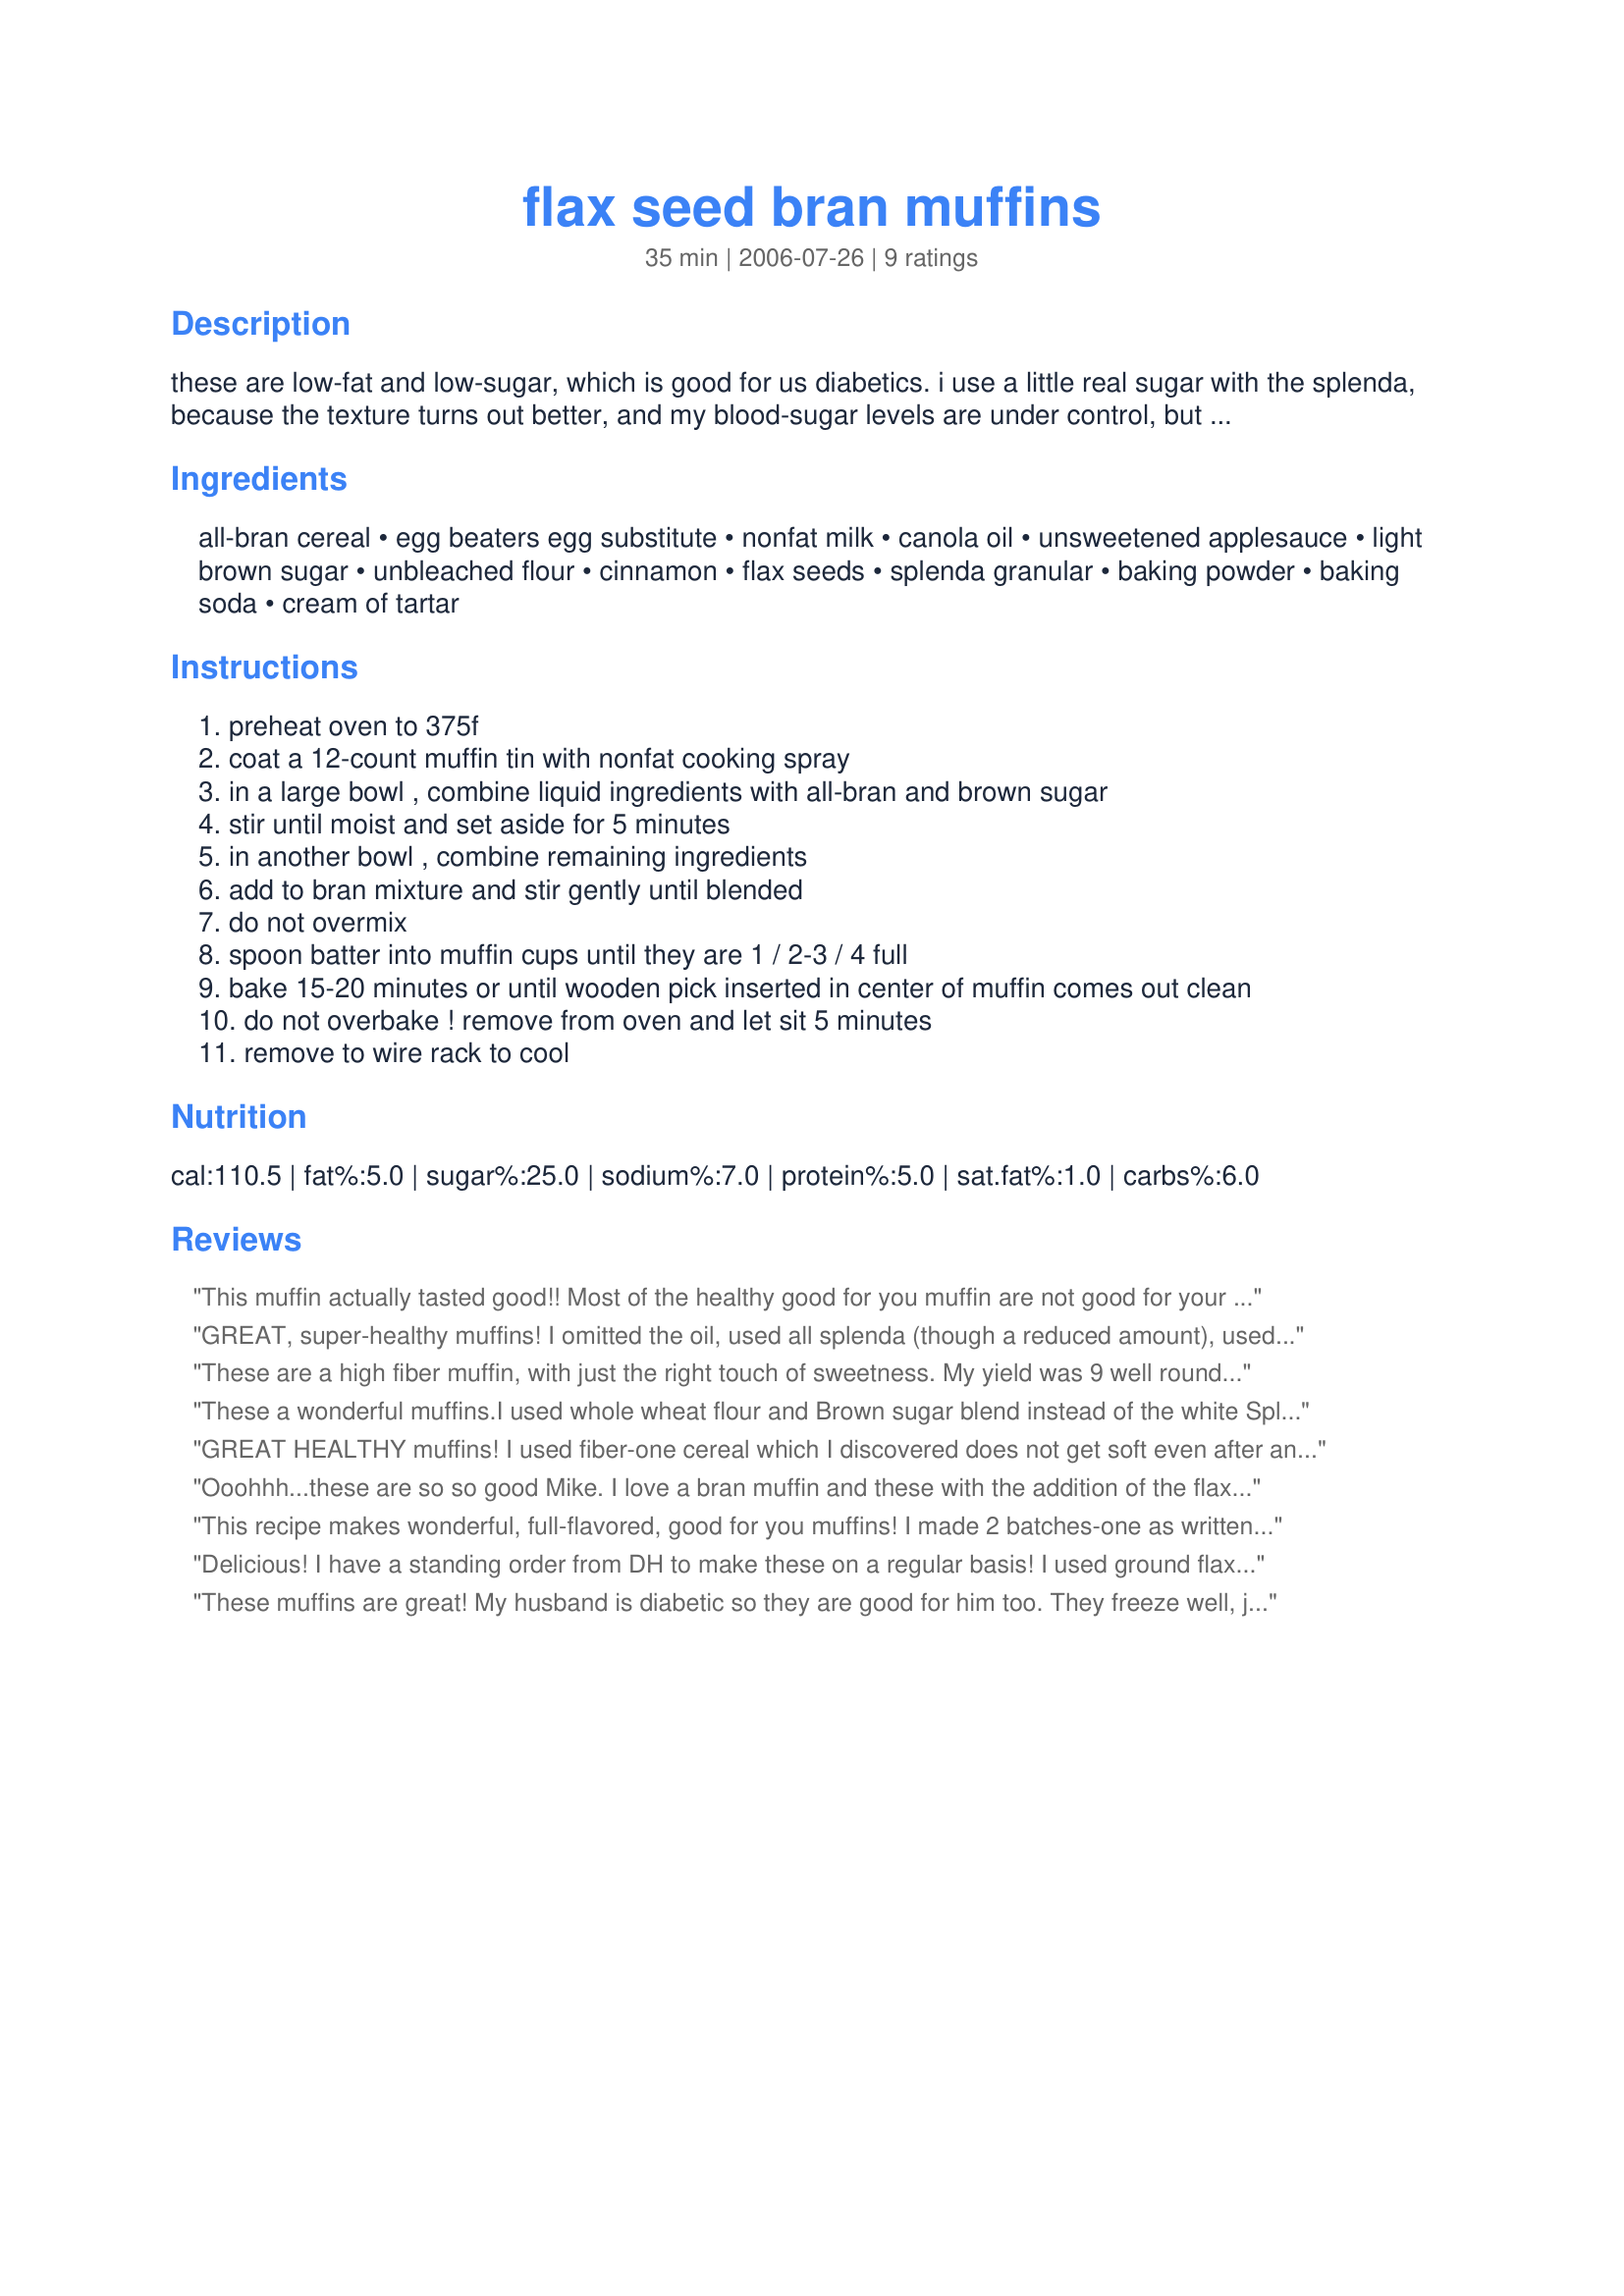
flax seed bran muffins
Preparation time: 35 minutes

these are low-fat and low-sugar, which is good for us diabetics. i use a little real sugar with the splenda, because the texture turns out better, and my blood-sugar levels are under control, but some diabetics may want to use a cup of splenda and no brown sugar. (or use splenda brown sugar blend-i have never used it so don't know the proportions)

Ingredients:
all-bran cereal, egg beaters egg substitute, nonfat milk, canola oil, unsweetened applesauce, light brown sugar, unbleached flour, cinnamon, flax seeds, splenda granular, baking powder, baking soda, cream of tartar

Steps:
preheat oven to 375f
coat a 12-count muffin tin with nonfat cooking spray
in a large bowl , combine liquid ingredients with all-bran and brown sugar
stir until moist and set aside for 5 minutes
in another bowl , combine remaining ingredients
add to bran mixture and stir gently until blended
do not overmix
spoon batter into muffin cups until they are 1 / 2-3 / 4 full
bake 15-20 minutes or until wooden pick inserted in center of muffin comes out clean
do not overbake ! remove from oven and let sit 5 minutes
remove to wire rack to cool

Reviews:
This muffin actually tasted good!! Most of the healthy good for you muffin are not good for your taste buds, but these muffins are quite different. I changed absolutly nothing, which is VERY odd for me since I tend to always tweak with recipes. Man this is an excellent recipe, I plan on making these again and maybe throw in some chocolate chips if I am feeling a bit indulgent.
GREAT, super-healthy muffins! I omitted the oil, used all splenda (though a reduced amount), used buttermilk, added 1/2 cup skim milk powder, and an extra 1/2 tsp. baking soda (as per Splenda baking tips). These turned out fluffy and high for the little fat they had in them. Tasty and a feel-good muffin! :) Thanks so much!
These are a high fiber muffin, with just the right touch of sweetness. My yield was 9 well rounded muffins and my batter was not thin. After the fact I think I figured out why. I actually ground the flax seeds instead of leaving them whole. The small amount of oil in combination with the flax meal helped the muffins to be moist. I agree that when baking, there is better texture if some sugar is used along with the Splenda. I used the brown sugar and Splenda granular as suggested in the recipe. These muffins have many possibilities; i.e., orange zest and dried cranberries would be delicious.
These a wonderful muffins.I used whole wheat flour and Brown sugar blend instead of the white Splenda. I will be making again for sure.Thanks for sharing this recipe;all ingredients I love to cook with. Sage/Rita
GREAT HEALTHY muffins! I used fiber-one cereal which I discovered does not get soft even after an hour of soaking...so I heated it in the microwave 1-2 minutes which allowed me to break it down a little with beaters. I also used 2T Splenda brown sugar blend, whole wheat flour and blueberry toasted ground flax seed. I added in some dried tropical fruit mix. I ended up with delightful soft muffins with the perfect amount of sweetness and lovely bits of chewy fruit. My co-workers gobbled these up and usually if they see the word "bran" they avoid it. LOL. Made for the Please Review tag game.
Ooohhh...these are so so good Mike. I love a bran muffin and these with the addition of the flax seed meal are wonderfully moist and delish. I used a combination of 1/2 wholewheat flour and 1/2 all purpose. I also used one egg in place of the egg substitute. Also, I took your advice and used 1/2 cup splenda and 1/4 cup regular sugar. They are still plenty sweet. A great low-fat treat. :-)
Made for HolidayTag.
This recipe makes wonderful, full-flavored, good for you muffins! I made 2 batches-one as written (with the exception of replacing Splenda with sugar) the second one I used whole wheat flour instead of unbleached flour. Both batches were devoured in minutes. The majority of the people liked the ones made with whole wheat flour better. I think next time I will try Stevia and see how they come out.
Delicious! I have a standing order from DH to make these on a regular basis! I used ground flax seed, and honey in place of brown sugar. I think these would be wonderful with dates or cranberries. Thank you for posting this great recipe mikekey! Made for Every Day is a Holiday Tag
These muffins are great!
My husband is diabetic so they are good for him too. They freeze well, just take out what you need. Thanx.
